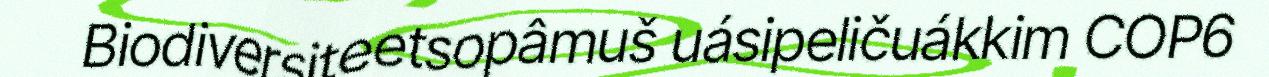
Biodiversiteetsopâmuš uásipeličuákkim COP6